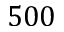
5 0 0